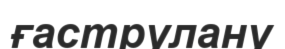
ғаструлану